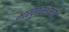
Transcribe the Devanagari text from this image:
भारवहनक्षमता